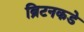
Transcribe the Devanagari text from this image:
ब्रिटनकडे